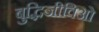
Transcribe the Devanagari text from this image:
बुद्धिजीविओं